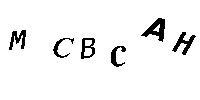
MCBCAH